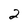
Character: 2